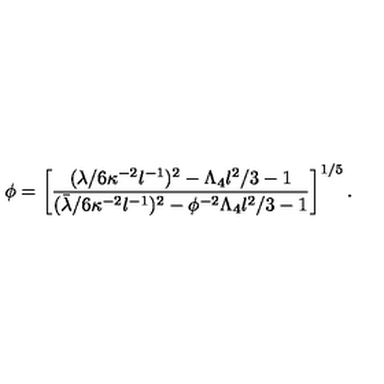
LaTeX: \phi = \left[ \frac { ( \lambda / 6 \kappa ^ { - 2 } l ^ { - 1 } ) ^ { 2 } - \Lambda _ { 4 } l ^ { 2 } / 3 - 1 } { ( \bar { \lambda } / 6 \kappa ^ { - 2 } l ^ { - 1 } ) ^ { 2 } - \phi ^ { - 2 } \Lambda _ { 4 } l ^ { 2 } / 3 - 1 } \right] ^ { 1 / 5 } .